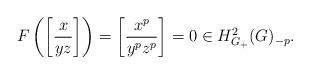
LaTeX: \begin{align*}F\left(\left[\frac{x}{yz}\right]\right) =\left[\frac{x^p}{y^pz^p}\right] = 0 \in H^2_{G_+}(G)_{-p}.\end{align*}